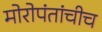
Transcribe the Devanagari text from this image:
मोरोपंतांचीच